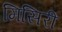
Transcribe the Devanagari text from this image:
मिसिरी